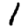
Digit: 1